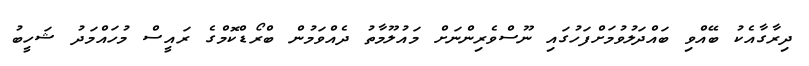
ދިރާގާއެކު ބޭއްވި ބައްދަލުވުމަށްފަހުގައި ނޫސްވެރިންނަށް މައުލޫމާތު ދެއްވަމުން ބްރޯޑްކޮމްގެ ރައީސް މުހައްމަދު ޝަހީބު